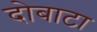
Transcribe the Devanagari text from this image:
दोबाटा